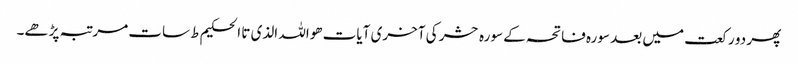
پھر دو رکعت میں بعد سورہ فاتحہ کے سورہ حشر کی آخری آیات ھواللہ الذی تا الحکیم ط سات مرتبہ پڑھے۔